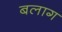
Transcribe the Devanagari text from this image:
बलाग